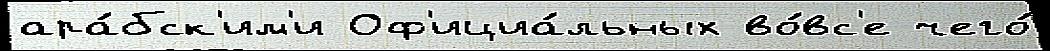
ара́бск'им'и Оф'ициа́льных во́вс'е чего́